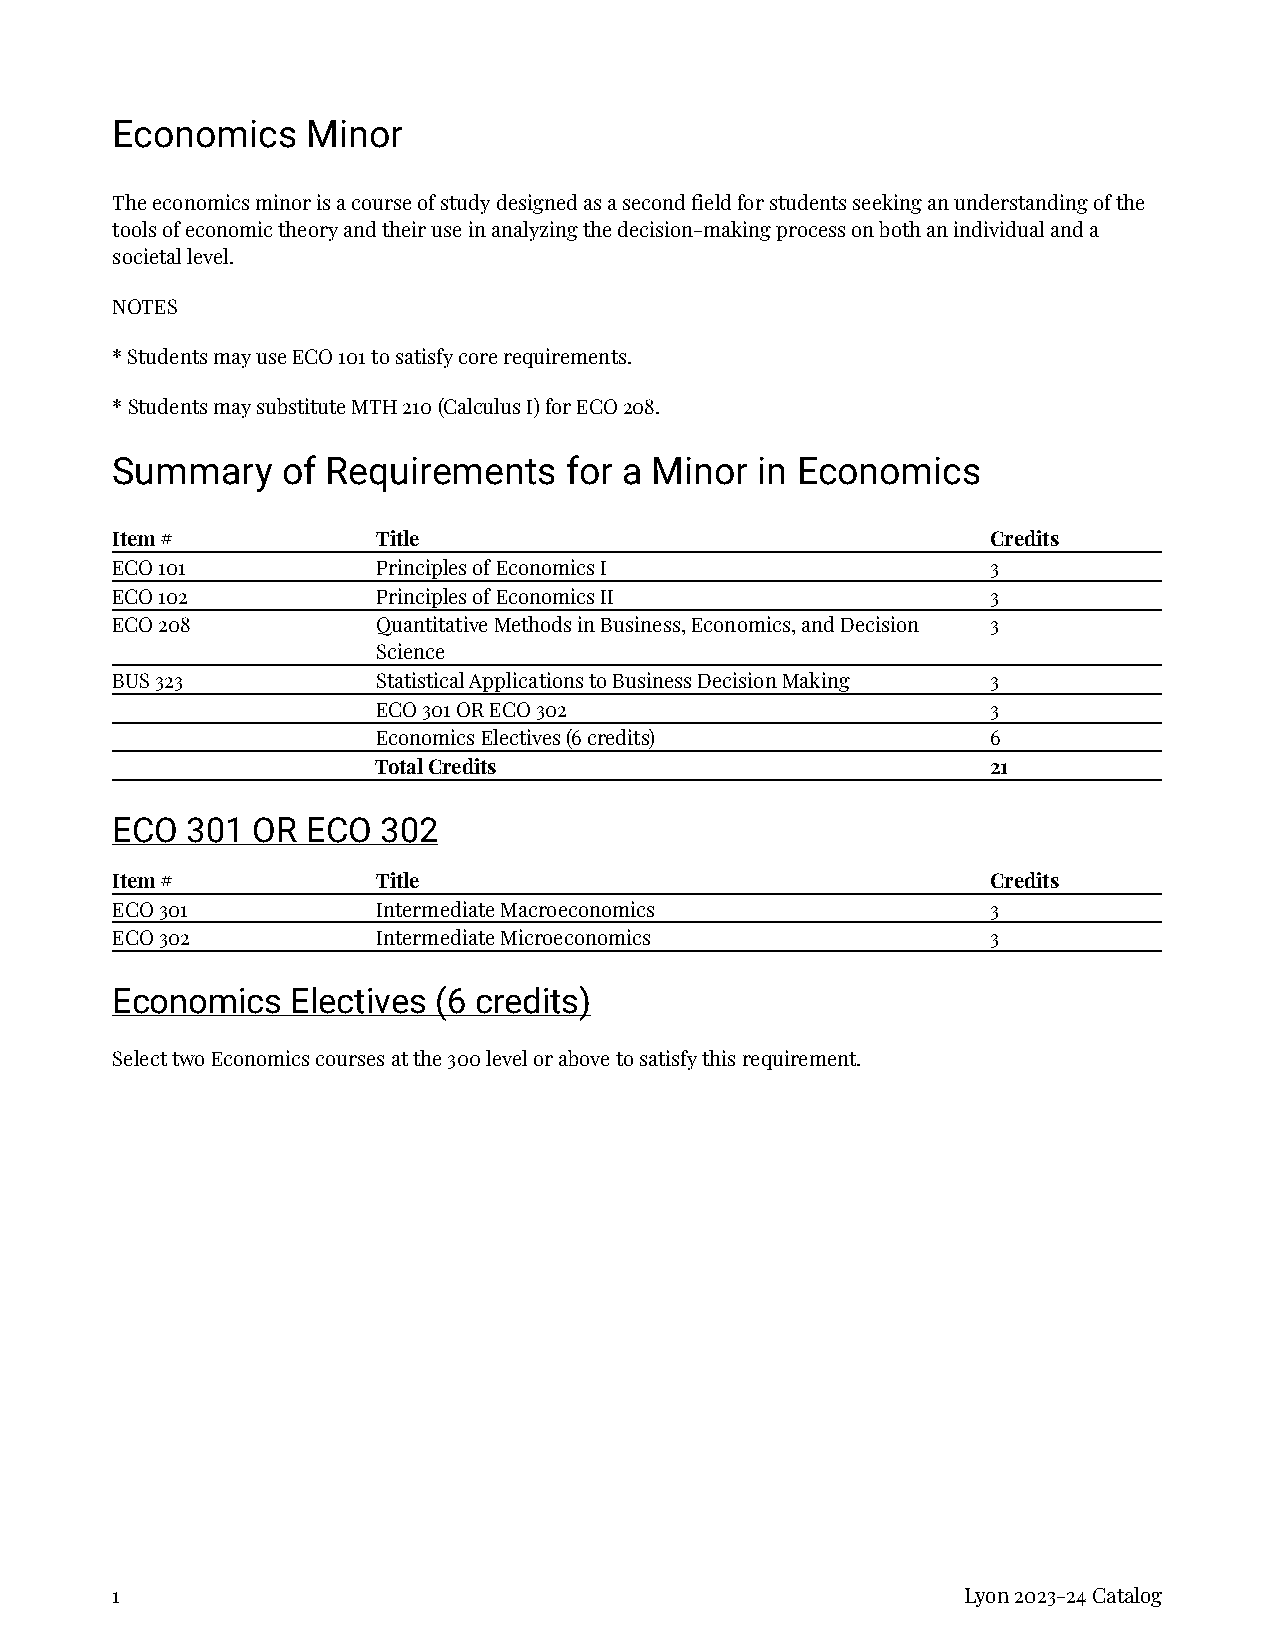
Economics    Minor
 The economics minor is a course of study designed as a second field for students seeking an understanding of the
 tools of economic theory and their use in analyzing the decision-making process on both an individual and a
 societal level.
 NOTES
 * Students may use ECO 101 to satisfy core requirements.
 * Students may substitute MTH 210 (Calculus I) for ECO 208.
 Summary     of Requirements   for a Minor  in Economics
 Item #            Title                                    Credits
 ECO 101           Principles of Economics I                3
 ECO 102           Principles of Economics II               3
 ECO 208           Quantitative Methods in Business, Economics, and Decision 3
 Science
 BUS 323           Statistical Applications to Business Decision Making 3
 ECO 301 OR ECO 302                       3
 Economics Electives (6 credits)          6
 Total Credits                            21
 ECO  301  OR ECO  302
 Item #            Title                                    Credits
 ECO 301           Intermediate Macroeconomics              3
 ECO 302           Intermediate Microeconomics              3
 Economics   Electives (6 credits)
 Select two Economics courses at the 300 level or above to satisfy this requirement.
 1                                                        Lyon 2023-24 Catalog